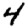
Digit: 4